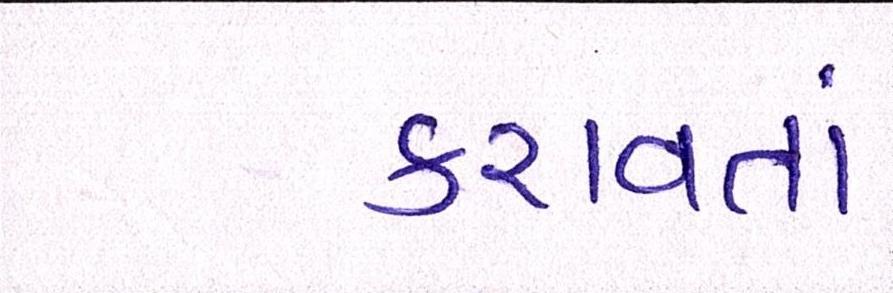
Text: કરાવતાં